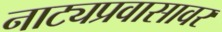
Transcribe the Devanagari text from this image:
नाट्यप्रवासावर